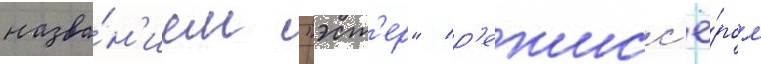
назва́н'ием "эст'ер" / р'ежисс'ё́ром